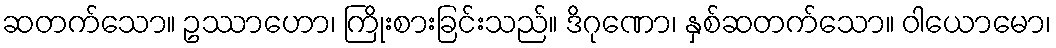
ဆတက်သော။ ဥဿာဟော၊ ကြိုးစားခြင်းသည်။ ဒိဂုဏော၊ နှစ်ဆတက်သော။ ဝါယောမော၊